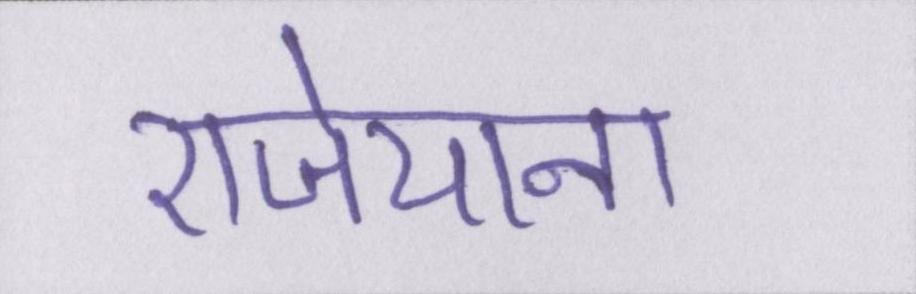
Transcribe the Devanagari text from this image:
राजेयाना